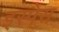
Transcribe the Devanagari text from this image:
इस्पेस